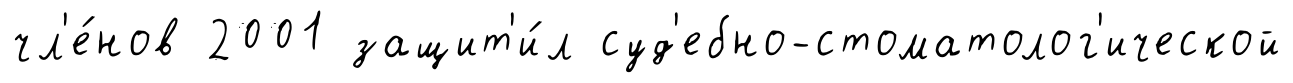
чл'е́нов 2001 защит'и́л суд'ебно-стоматолог'ической